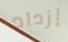
إزداد